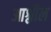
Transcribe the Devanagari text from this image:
आश्लील